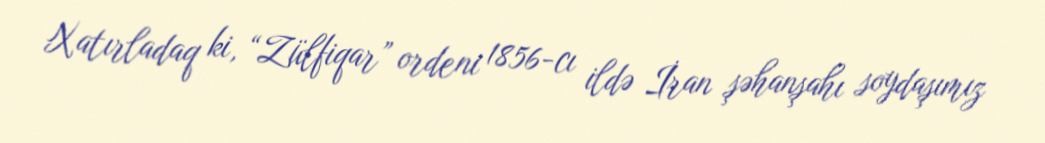
Xatırladaq ki, “Zülfiqar” ordeni 1856-cı ildə İran şəhanşahı soydaşımız